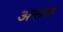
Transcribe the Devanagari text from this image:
अरूस